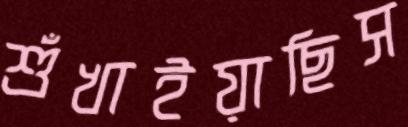
শুঁখাইয়াছিস